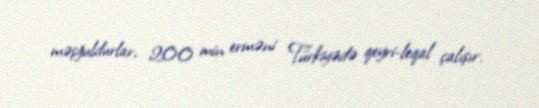
məşğuldurlar, 200 min erməni Türkiyədə qeyri-leqal çalışır.